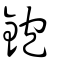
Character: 鉋